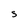
Character: S